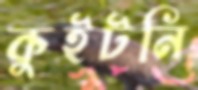
কুইটনি